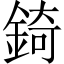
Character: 錡